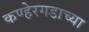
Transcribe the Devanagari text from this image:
कण्हेरगडाच्या